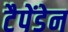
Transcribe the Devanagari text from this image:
टैपेंडेन